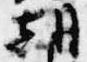
朝